Annual report of the Civil Veterinary Department, Bengal, for the year 1897-98 - 1897-1898
Year: 1897
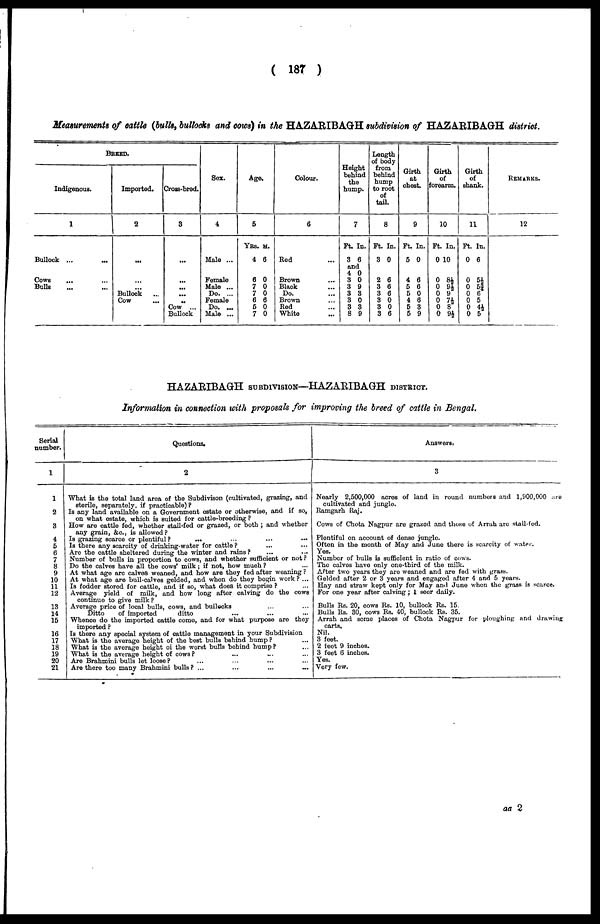
( 187 )
Measurements of cattle (bulls, bullocks and cows) in the HAZABIBAGH subdivision of HAZABIBAGKH district.
BREED.
Indigenous.
1
Bullock ...
...
Cows ... ...
Bulls ... ...
Imported.
2
...
...
...
Bullock ...
Cow ...
Cross-bred.
3
...
...
...
..
Cow ...
Bullock
Sex.
4
Male ...
Female
Male ...
Do. ...
Female
Do. ...
Male ...
Age.
5
YES.
4
6
7
7
6
5
7
M.
6
0
0
0
6
0
0
Colour.
6
Red ...
Brown ...
Black ...
Do. ...
Brown ...
Red ...
White ...
Height
behind
the
hump.
Ft.
3
an
4
3
3
3
3
3
8
7
In.
6
d
0
0
9
3
0
3
9
Length
of body
from
behind
hump
to root
of
tail.
8
Ft.
3
2
3
3
3
3
3
In.
0
6
6
6
0
0
6
Girth
at
chest.
9
Ft.
5
4
5
5
4
5
5
In.
0
6
6
0
6
3
9
Girth
of
forearm.
10
Ft.
0 1
0
0
0
0
0
0
In.
0
8½
9½
9
7½
8
9½
Girth
of
shank.
1
1
Ft.
0
0
0
0
0
0
0
In.
6
5½
5¾|
6
5
4½
5
REMARKS.
12
HAZABIBAGKH SUBDIVISION—HAZABIBAGH DISTRICT.
Information in connection with proposals for improving the breed of cattle in Bengal.
Serial
number.
1
1
2
3
4
5
6
7
8
9
10
11
12
13
14
15
16
17
18
19
20
21
Questions.
2
What is the total land area of the Subdivison. (cultivated, grazing, and
sterile, separately, if practicable)?
Is any land available on a Government estate or otherwise, and if so,
on what estate, which is suited for cattle-breeding ?
How are cattle fed, whether stall-fed or grazed, or both; and whether
any grain, &c, is allowed?
Is grazing scarce or plentiful? ... ... ... ...
Is there any scarcity of drinking-water for cattle? ... ...
Are the cattle sheltered during the winter and rains? ... ...
Number of bulls in proportion to cows, and whether sufficient or not ?
Do the calves have all the cows' milk; if not, how much?
...
At what age arc calves weaned, and how are they fed after weaning ?
At what age are bull-calves gelded, and when do they begin work? ...
Is fodder stored for cattle, and if so, what does it comprise ? ...
Average yield of milk, and how long after calving do the cows
continue to give milk?
Average price of local bulls, cows, and builocks ... ...
Ditto
of imported
ditto ... ... ...
Whence do the imported cattle come, and for what purpose are they
imported ?
Is there any special system of cattle management in your Subdivision
What is the average height of the best bulls behind hump ? ...
What is the average height oi the worst bulls behind hump? ...
What is the average height of cows? ... ... ...
Are Brahmini bulls let loose? ... ... ... ...
Are there too many Brahmini bulls? ... ... ... ...
Answers ,
3
Nearly 2,500,000 acres of land in round numbers and 1,900,000 are
cultivated and jungle.
Ramgarh Raj.
Cows of Chota Nagpur are grazed and those of Arruh are stall-fed.
Plentiful on account of dense jungle.
Often in the month of May and June there is scarcity of water.
Yes.
Number of bulls is sufficient in ratio of cows.
The calves have only one-third of the milk.
After two years they are weaned and are fed with grass.
Gelded after 2 or 3 years and engaged after 4 and 5 years.
Hay and straw kept only for May and June when the grass is scarce.
For one year after calving; 1 seer daily.
Bulls Rs. 20, cows Rs. 10, bullock Rs. 15.
Bulls Rs. 30, cows Rs. 40, bullock Rs. 35.
Arrah and some places of Chota Nagpur for ploughing and drawing
carts.
Nil.
3 feet.
2 feet 9 inches.
3 feet 6 inches.
Yes.
Very few.
aa 2